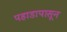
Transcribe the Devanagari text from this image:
पहाडापासून